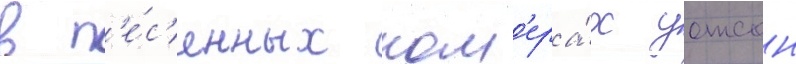
в п'е́с'енных ном'ера́х уотсон